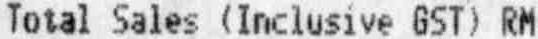
TOTAL SALES (INCLUSIVE GST) RM